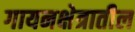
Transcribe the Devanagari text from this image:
गायनक्षेत्रातील